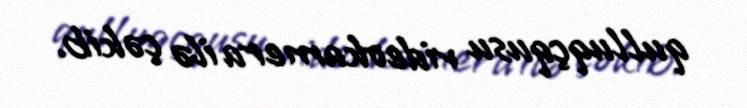
qulluqçqusu videokamera ilə çəkib.